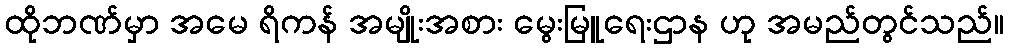
ထိုဘဏ်မှာ အမေ ရိကန် အမျိုးအစား မွေးမြူရေးဌာန ဟု အမည်တွင်သည်။